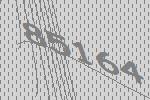
85164